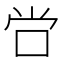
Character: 𫩠